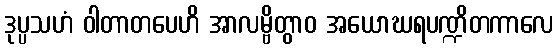
ဒုပ္ပသဟံ ဝါတာတပေဟိ အာလမ္ဗိတွာဝ အယောဃရပဏ္ဍိတကာလေ